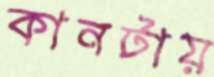
কানটায়